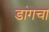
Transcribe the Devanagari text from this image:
डांगचा